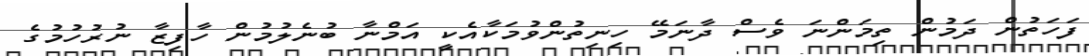
ފަހަތުން ދަމުން ތިމަންނަ ވެސް ދާނަމޭ ހިނިތުންވުމަކާއެކީ އަމްނާ ބުނެލުމުން ހާފިޒާ ނުރުހުމުގެ